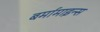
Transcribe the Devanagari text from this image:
बर्मामाइन्स